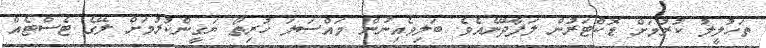
ތަހުލީލު ކުރުމަށް ޑޮކްޓަރުން ލަފާދޭނެއެވެ. ބަލިވެއިނުން މައްސަލަ ހުރިތޯ ޔަގީންކުރުމަށް ލޭގެ ޓެސްޓެއް